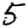
Digit: 5